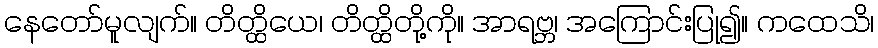
နေတော်မူလျက်။ တိတ္ထိယေ၊ တိတ္ထိတို့ကို။ အာရဗ္ဘ၊ အကြောင်းပြု၍။ ကထေသိ၊